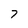
Character: 7